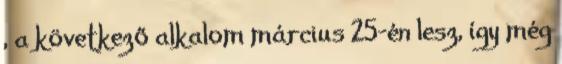
, a következő alkalom március 25-én lesz, így még